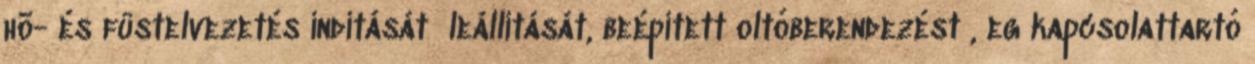
hõ- és füstelvezetés indítását leállítását, beépített oltóberendezést , eg kapcsolattartó